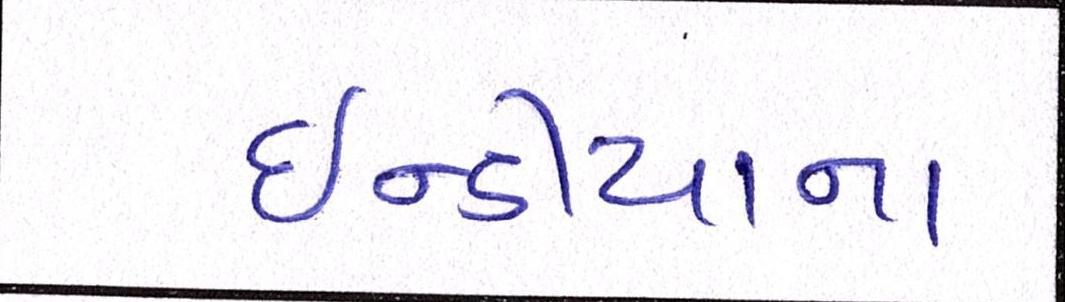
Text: ઇન્ડીયાના